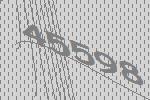
45598